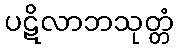
ပဋိလာဘသုတ္တံ